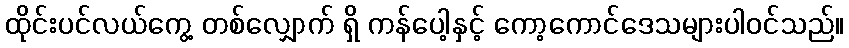
ထိုင်းပင်လယ်ကွေ့ တစ်လျှောက် ရှိ ကန်ပေါ့နှင့် ကော့ကောင်ဒေသများပါဝင်သည်။